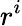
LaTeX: r^{i}